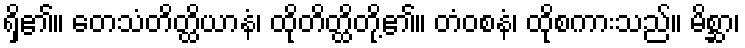
ရှိ၏။ တေသံတိတ္ထိယာနံ၊ ထိုတိတ္ထိတို့၏။ တံဝစနံ၊ ထိုစကားသည်။ မိစ္ဆာ၊